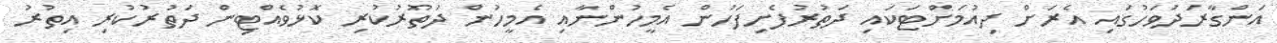
އަންގާރަދުވަހުގައި އެރަށް ދިއުމަށްޓަކައި ދަތުރުފެށިފަހުން އެމީހުންނާއި އެމީހުން ދަތުރުކުރި ކޮޅުވެއްޓިން ދަތުރުކުރި އިތުރު